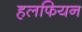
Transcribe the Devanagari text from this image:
हलफियन